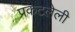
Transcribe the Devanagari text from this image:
प्रकटलेली